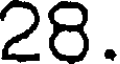
28.